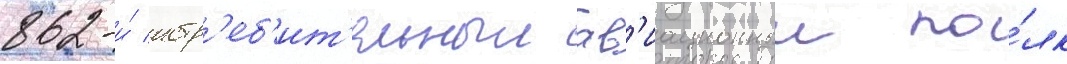
862-и́ истр'еб'ит'ельныи ав'иационныи по́лк